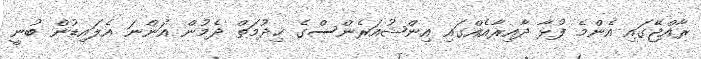
ރާއްޖޭގައި އެންމެ ފުޅާ ދާއިރާއެއްގައި އިންޝުއަރެންސްގެ ޚިދުމަތް ދެމުން އަންނަ އެލައިޑުން ބުނީ